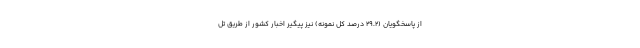
از پاسخگویان (۲۹.۲ درصد کل نمونه) نیز پیگیر اخبار کشور از طریق تل